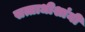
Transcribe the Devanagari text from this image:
सत्ताधीशांनी